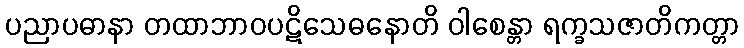
ပညာပဓာနာ တထာဘာဝပဋိသေဓနောတိ ဝါစေန္တာ ရက္ခသဇာတိကတ္တာ